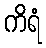
ကိရံ